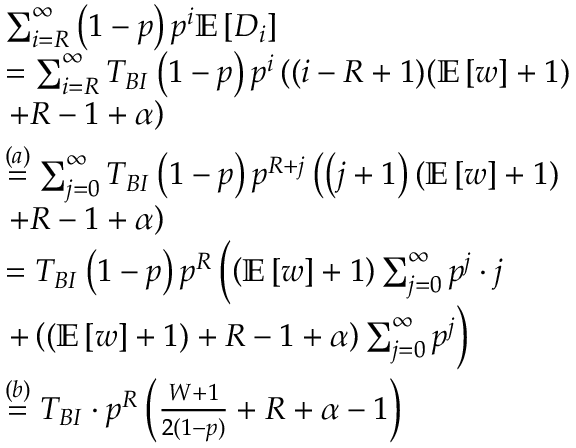
\begin{array} { r l } & { \sum _ { i = R } ^ { \infty } \left( 1 - p \right) p ^ { i } \mathbb { E } \left[ { D } _ { i } \right] } \\ & { = \sum _ { i = R } ^ { \infty } T _ { B I } \left( 1 - p \right) p ^ { i } \left( ( i - R + 1 ) ( \mathbb { E } \left[ w \right] + 1 ) \right. } \\ & { \left. + R - 1 + \alpha \right) } \\ & { \stackrel { { ( a ) } } = \sum _ { j = 0 } ^ { \infty } T _ { B I } \left( 1 - p \right) p ^ { R + j } \left( \left( j + 1 \right) ( \mathbb { E } \left[ w \right] + 1 ) \right. } \\ & { \left. + R - 1 + \alpha \right) } \\ & { = T _ { B I } \left( 1 - p \right) p ^ { R } \left( \left( \mathbb { E } \left[ w \right] + 1 \right) \sum _ { j = 0 } ^ { \infty } p ^ { j } \cdot j \right. } \\ & { \left. + \left( ( \mathbb { E } \left[ w \right] + 1 ) + R - 1 + \alpha \right) \sum _ { j = 0 } ^ { \infty } p ^ { j } \right) } \\ & { \stackrel { { ( b ) } } = T _ { B I } \cdot p ^ { R } \left( \frac { W + 1 } { 2 ( 1 - p ) } + R + \alpha - 1 \right) } \end{array}